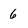
Character: 6